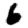
Digit: 6